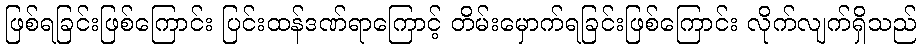
ဖြစ်ရခြင်းဖြစ်ကြောင်း ပြင်းထန်ဒဏ်ရာကြောင့် တိမ်းမှောက်ရခြင်းဖြစ်ကြောင်း လိုက်လျက်ရှိသည်